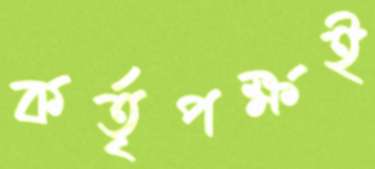
কর্তৃপক্ষই